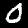
Label: 0